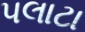
પલાટા